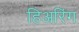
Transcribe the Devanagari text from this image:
हिअरिंग